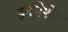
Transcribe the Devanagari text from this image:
इनपेशेंट